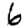
Digit: 6